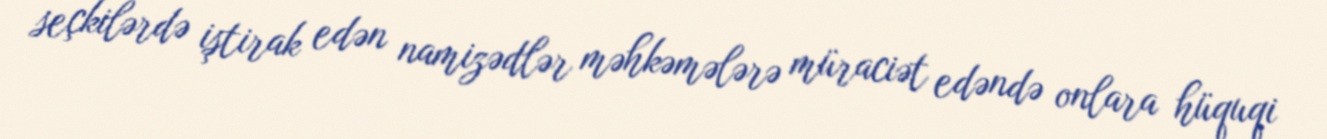
seçkilərdə iştirak edən namizədlər məhkəmələrə müraciət edəndə onlara hüquqi